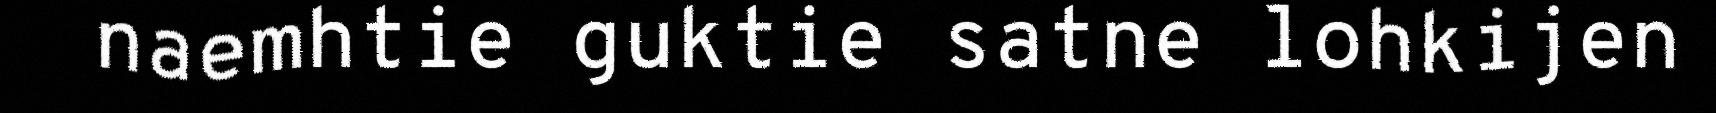
naemhtie guktie satne lohkijen